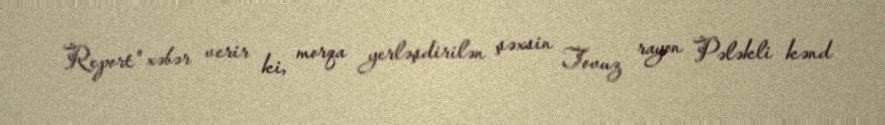
Report" xəbər verir ki, morqa yerləşdirilən şəxsin Tovuz rayon Pələkli kənd